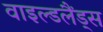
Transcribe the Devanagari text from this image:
वाइल्डलैंड्स